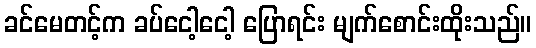
ခင်မေတင့်က ခပ်ငေါ့ငေါ့ ပြောရင်း မျက်စောင်းထိုးသည်။